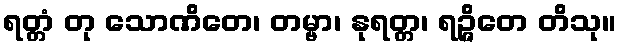
ရတ္တံ တု သောဏိတေ၊ တမ္ဗာ၊ နုရတ္တ၊ ရဉ္ဇိတေ တိသု။